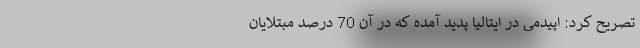
تصریح کرد: اپیدمی در ایتالیا پدید آمده که در آن 70 درصد مبتلایان